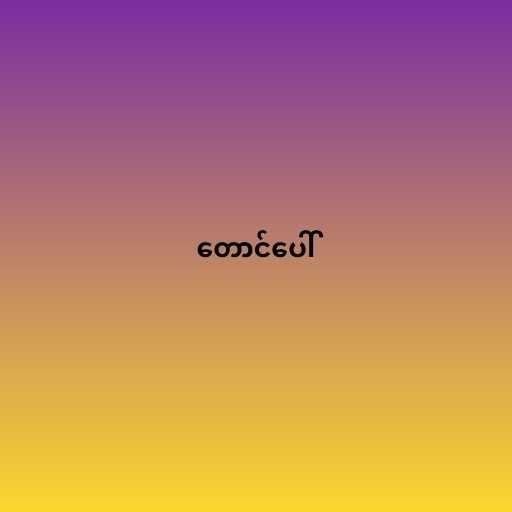
တောင်ပေါ်